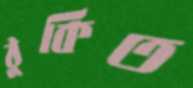
ঠুকিত